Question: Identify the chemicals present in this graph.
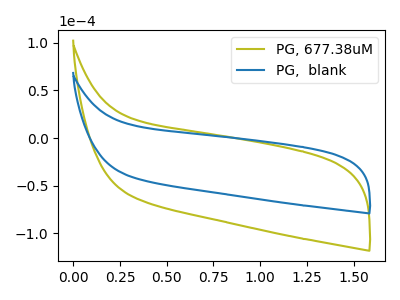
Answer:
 <answer>The olive curve is labeled "PG, 677.38uM". The blue curve is labeled "PG,  blank".</answer>
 <eval></eval>